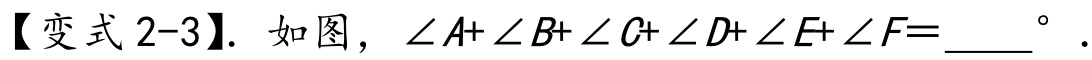
【变式2-3】. 如图，$\angle A+\angle B+\angle C+\angle D+\angle E+\angle F = \_\_\_^{\circ}.$